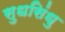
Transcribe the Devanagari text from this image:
सुधसिंधु